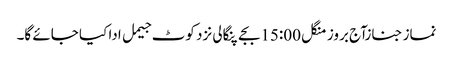
نماز جنازآج بروز منگل 15:00بجے پنگالی نزد کوٹ جیمل ادا کیا جائے گا۔